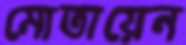
মোতায়েন